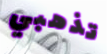
تذهبي